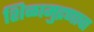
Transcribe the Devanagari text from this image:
शिळामुद्रणाचा